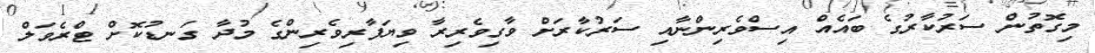
މިގޮތުން ސަރުކާރުގެ ބައެއް އިސްވެރިންނާއި ސަރުކާރަށް ވާގިވެރިރާ ވިޔަފާރިވެރިންގެ މުދާ ގަނޑުކޮށް ޓްރެވަލް